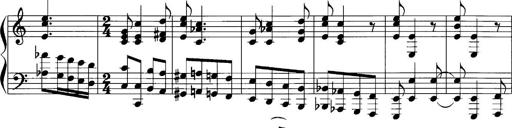
Title: Sonatina No.1
Composer: Otto Stoll
Key: C major